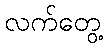
လက်တွေ့